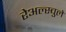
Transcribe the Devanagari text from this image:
रेअल्स्चुले